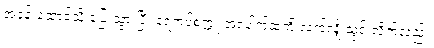
အခန်းထောင့်သို့ ပြေးသွားပြီး နံရံကပ်စက္ကူ အပေါက်ထဲကို လက်လျှိုသွင်းလိုက်သည်။